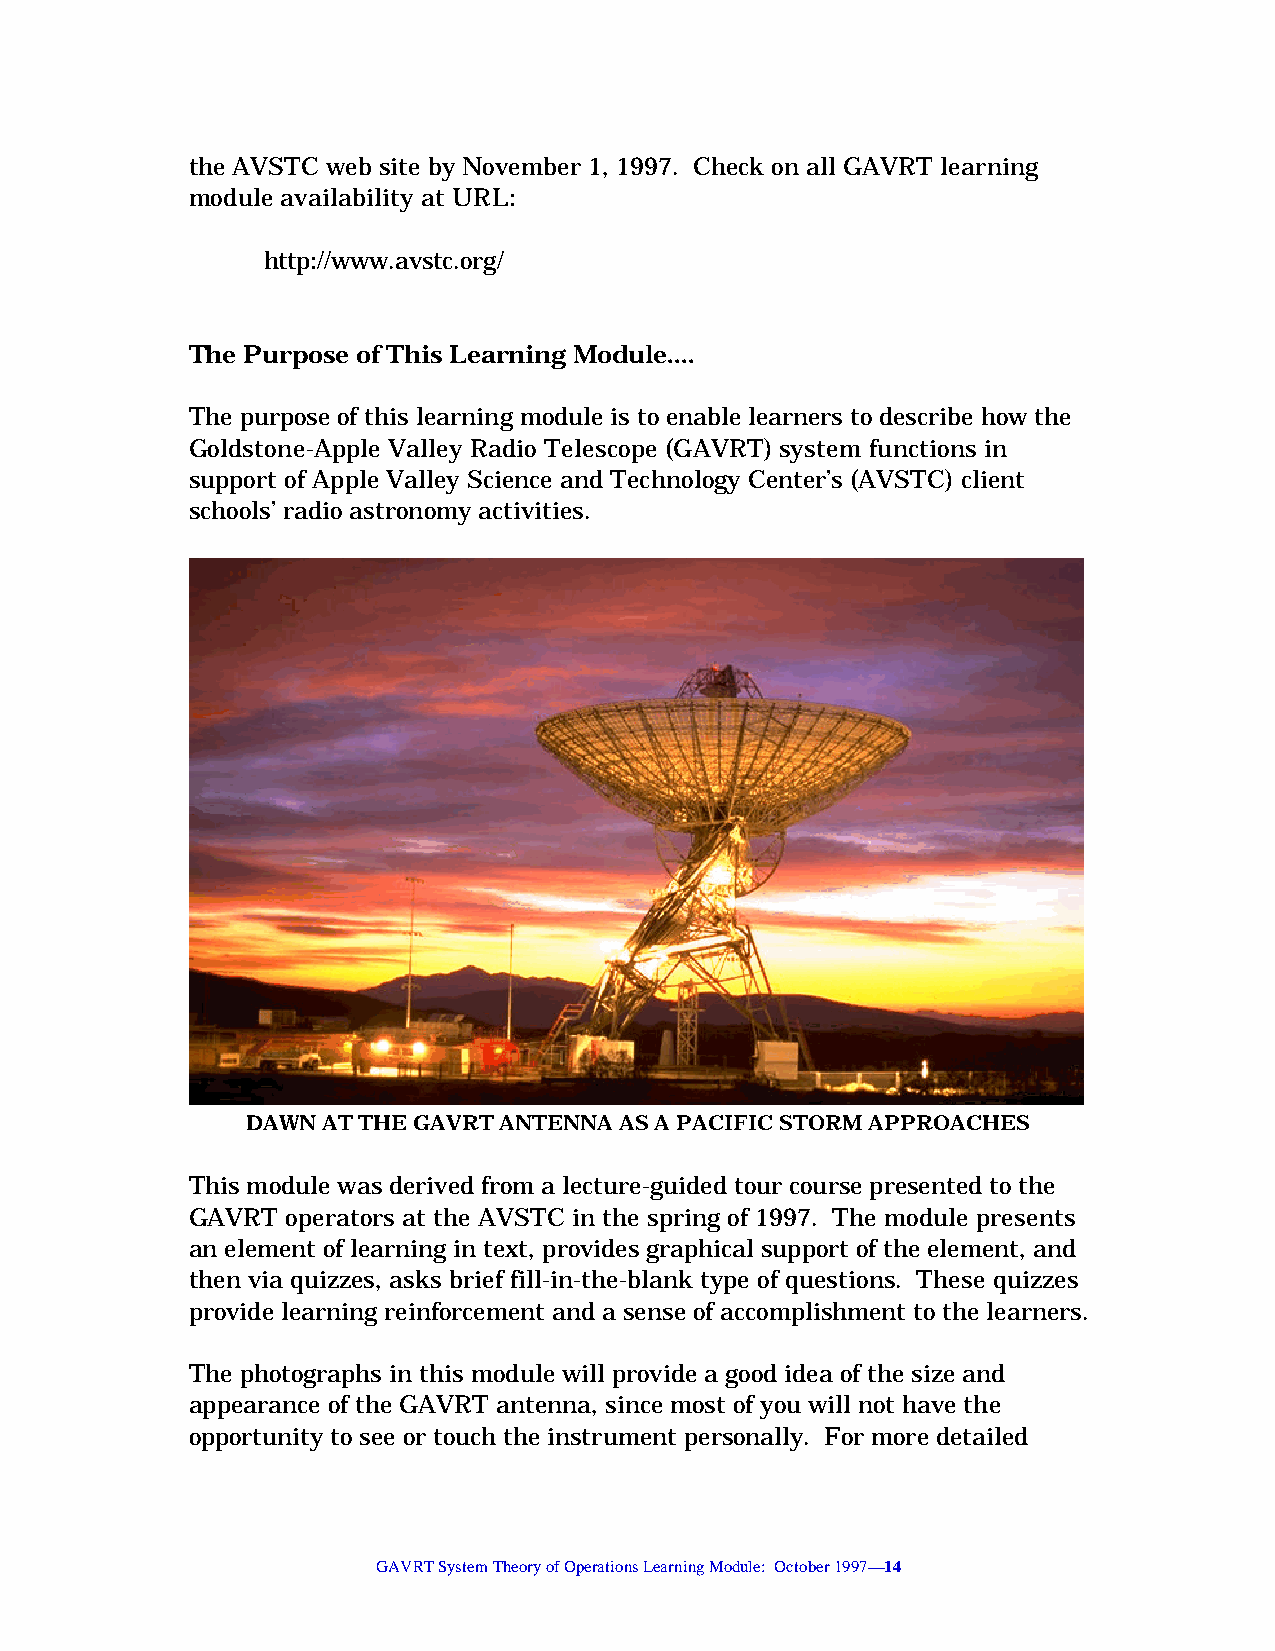
the AVSTC web site by November 1, 1997. Check on all GAVRT learning
 module availability at URL:
 http://www.avstc.org/
 The Purpose of This Learning Module....
 The purpose of this learning module is to enable learners to describe how the
 Goldstone-Apple Valley Radio Telescope (GAVRT) system functions in
 support of Apple Valley Science and Technology Center’s (AVSTC) client
 schools’ radio astronomy activities.
 DAWN AT THE GAVRT ANTENNA AS A PACIFIC STORM APPROACHES
 This module was derived from a lecture-guided tour course presented to the
 GAVRT  operators at the AVSTC in the spring of 1997. The module presents
 an element of learning in text, provides graphical support of the element, and
 then via quizzes, asks brief fill-in-the-blank type of questions. These quizzes
 provide learning reinforcement and a sense of accomplishment to the learners.
 The photographs in this module will provide a good idea of the size and
 appearance of the GAVRT antenna, since most of you will not have the
 opportunity to see or touch the instrument personally. For more detailed
 GAVRT System Theory of Operations Learning Module: October 1997—14